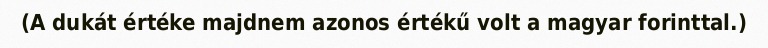
(A dukát értéke majdnem azonos értékű volt a magyar forinttal.)